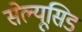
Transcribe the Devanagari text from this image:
सेल्यूसिड